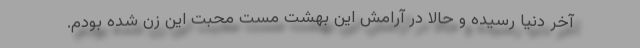
آخر دنیا رسیده و حالا در آرامش این بهشت مست محبت این زن شده بودم.